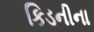
કિડનીના